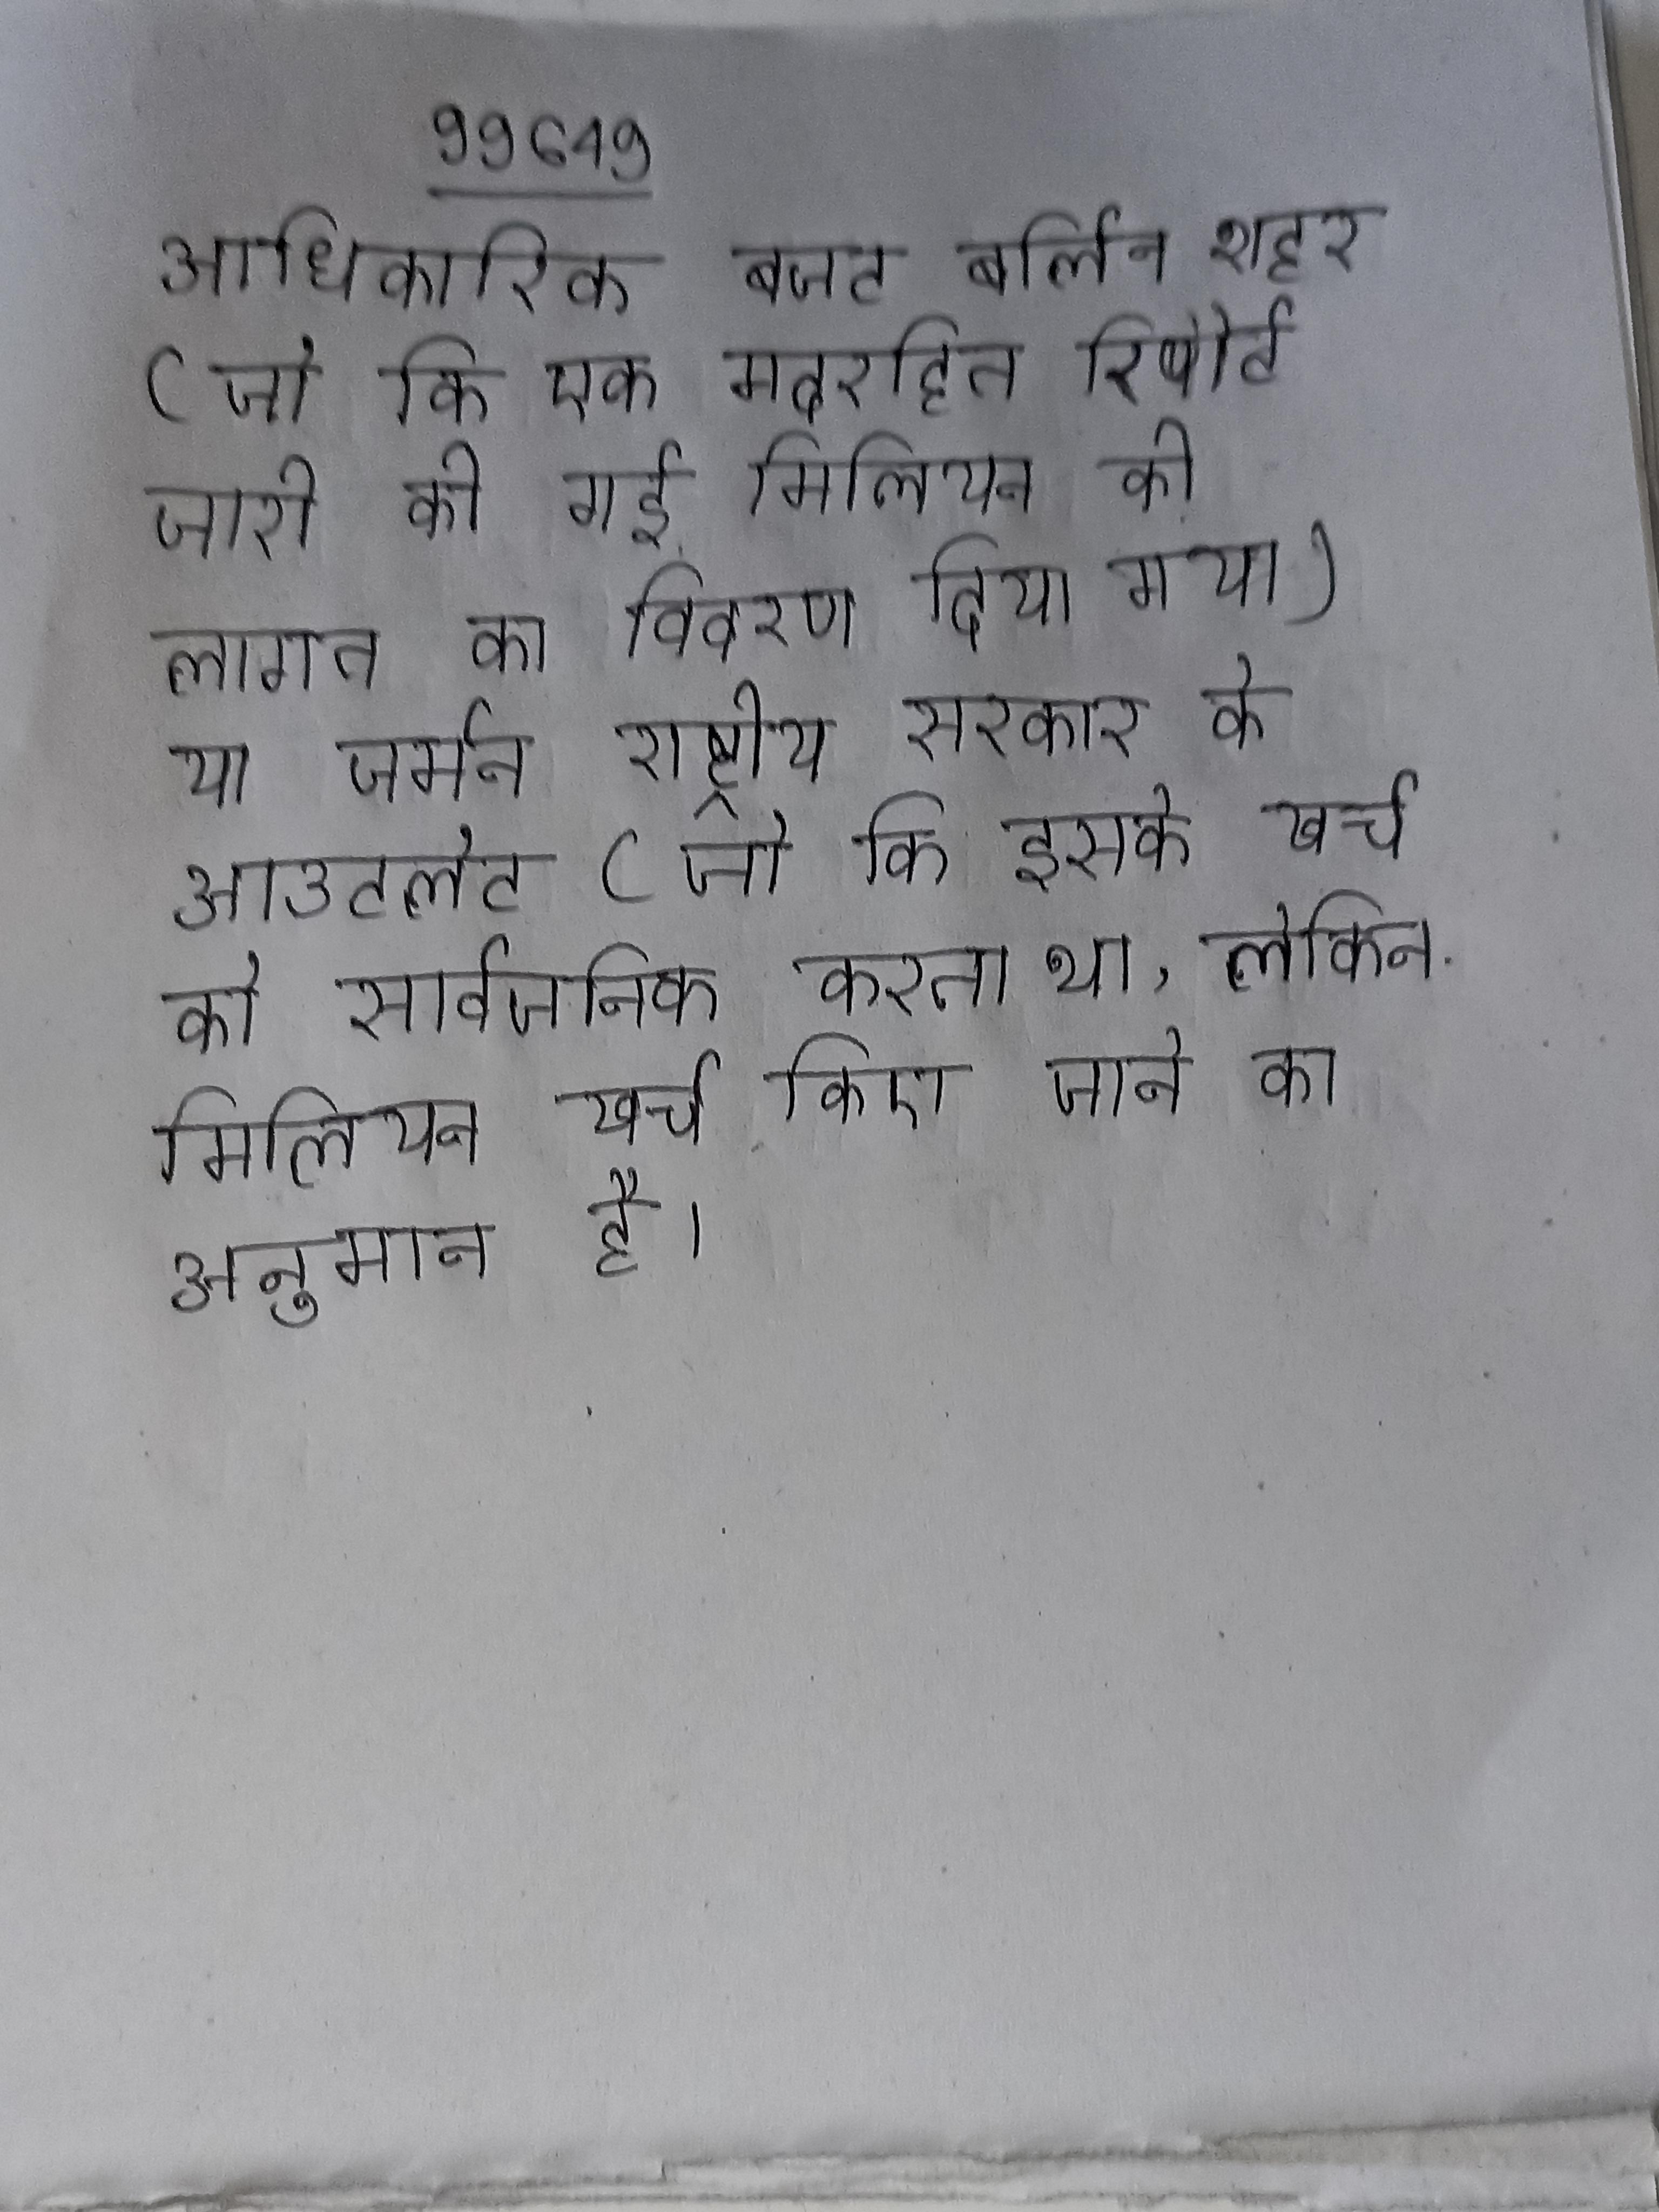
आधिकारिक बजट बर्लिन शहर (जो कि एक मदरहित रिपोर्ट जारी की गई मिलियन की लागत का विवरण दिया गया) या जर्मन राष्ट्रीय सरकार के आउटलेट (जो कि इसके खर्च को सार्वजनिक करता था, लेकिन मिलियन खर्च किए जाने का अनुमान है) ।